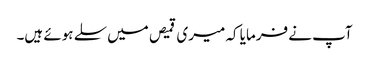
آپ نے فرمایا کہ میری قمیص میں سلے ہوئے ہیں۔